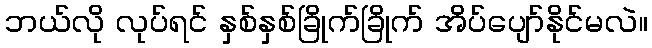
ဘယ်လို လုပ်ရင် နှစ်နှစ်ခြိုက်ခြိုက် အိပ်ပျော်နိုင်မလဲ။